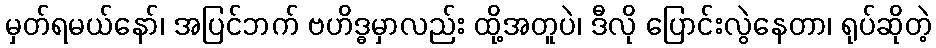
မှတ်ရမယ်နော်၊ အပြင်ဘက် ဗဟိဒ္ဓမှာလည်း ထို့အတူပဲ၊ ဒီလို ပြောင်းလွဲနေတာ၊ ရုပ်ဆိုတဲ့